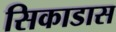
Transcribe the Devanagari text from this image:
सिकाडास